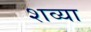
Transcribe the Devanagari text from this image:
शव्या